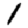
Digit: 1